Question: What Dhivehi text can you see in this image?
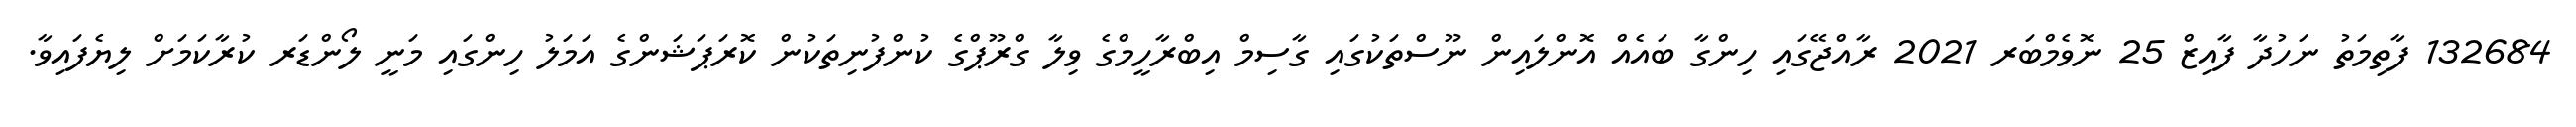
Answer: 132684 ފާތިމަތު ނަހުދާ ފާއިޒް 25 ނޮވެމްބަރ 2021 ރާއްޖޭގައި ހިންގާ ބައެއް އޮންލައިން ނޫސްތަކުގައި ގާސިމް އިބްރާހީމްގެ ވިލާ ގްރޫޕްގެ ކުންފުނިތަކުން ކޮރަޕަޝަންގެ އަމަލު ހިންގައި މަނީ ލޯންޑަރ ކުރާކަމަށް ލިޔެފައިވާ.